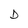
Character: D